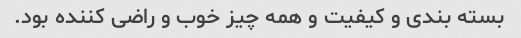
بسته بندی و کیفیت و همه چیز خوب و راضی کننده بود‌.